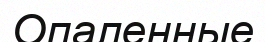
Опаленные